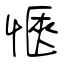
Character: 愜